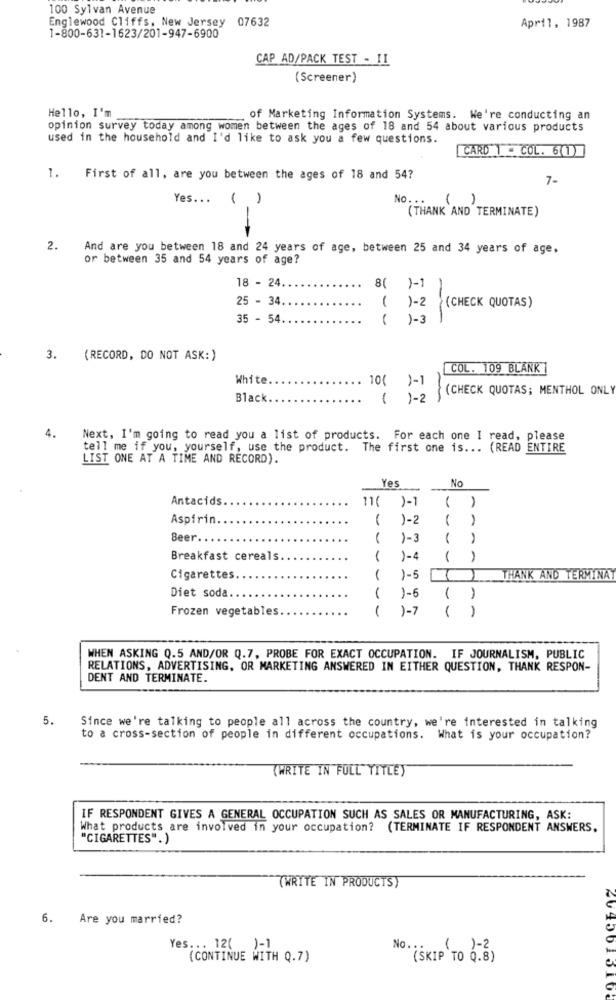
100 Sylvan Avenue
Englewood Cliffs, New Jersey 07632
April, 1987
1-800-631-1623/201-947-6900
CAP AD/PACK TEST - II
(Screener)
Hello, I'm
of Marketing Information Systems. We're conducting an
opinion survey today among women between the ages of 18 and 54 about various products
used in the household and I'd like to ask you a few questions.
CARD 1 . COL. 601)
1.
First of all, are you between the ages of 18 and 54?
7-
Yes ...
( )
No. ..
1
(THANK AND TERMINATE)
2.
And are you between 18 and 24 years of age, between 25 and 34 years of age,
or between 35 and 54 years of age?
18 - 24 ..
..
1-1
25 - 34
1-2
(CHECK QUOTAS)
-
35 - 54.
---
1-3
3.
(RECORD, DO NOT ASK:)
COL. 109 BLANK
White
10( )-1
(CHECK QUOTAS; MENTHOL ONLY
Black.
1
1-2
4.
Next, I'm going to read you a list of products. For each one I read, please
tell me if you, yourself, use the product. The first one is ... (READ ENTIRE
LIST ONE AT A TIME AND RECORD).
Yes
No
Antacids
11(
)-1
1
Aspirin.
)-2
1
--
Beer.
1-3
1
Breakfast cereals
1-4
----
Cigarettes
1-5
HANK AND TERMINA
Diet soda
....
1-6
1
Frozen vegetables
1
)-7
--
WHEN ASKING Q.5 AND/OR Q.7, PROBE FOR EXACT OCCUPATION. IF JOURNALISM, PUBLIC
RELATIONS, ADVERTISING, OR MARKETING ANSWERED IN EITHER QUESTION, THANK RESPON-
DENT AND TERMINATE.
5.
Since we're talking to people all across the country, we're interested in talking
to a cross-section of people in different occupations. What is your occupation?
(WRITE IN FULL" TITLEY
IF RESPONDENT GIVES A GENERAL OCCUPATION SUCH AS SALES OR MANUFACTURING, ASK:
What products are involved in your occupation? (TERMINATE IF RESPONDENT ANSWERS,
"CIGARETTES".)
(WRITE IN PRODUCTS)
6.
Are you married?
Yes ... 12( )-1
No ...
( )-2
(CONTINUE WITH Q.7)
(SKIP TO Q.8)
2040013102